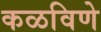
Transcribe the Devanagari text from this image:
कळविणे